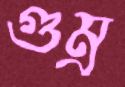
গুম্‌র